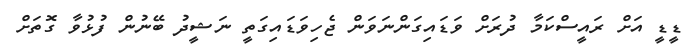
ޑީޑީ އަށް ރައީސްކަމާ ދުރަށް ވަޑައިގަންނަވަން ޖެހިވަޑައިގަތީ ނަޝީދު ބޭނުން ފުޅުވާ ގޮތަށް